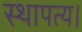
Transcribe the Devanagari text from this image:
स्थापत्य।